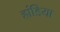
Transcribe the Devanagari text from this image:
हांडिया